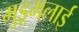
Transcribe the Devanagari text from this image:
मुडूमलाई